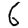
Digit: 6